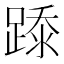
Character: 𰸢